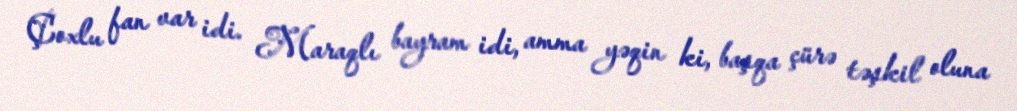
Çoxlu fan var idi. Maraqlı bayram idi, amma yəqin ki, başqa çürə təşkil oluna